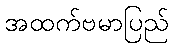
အထက်ဗမာပြည်